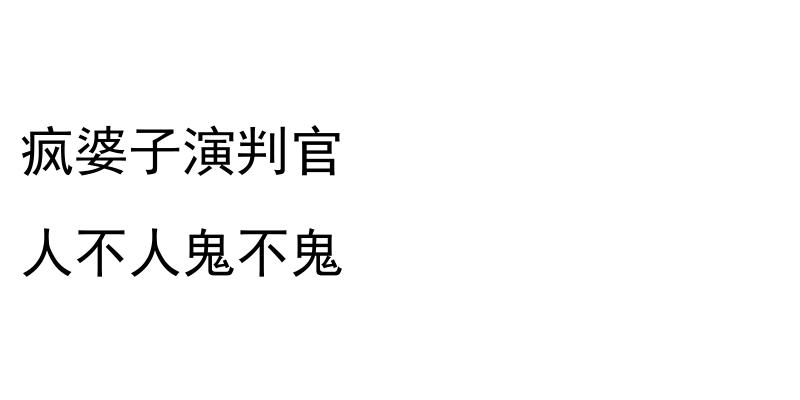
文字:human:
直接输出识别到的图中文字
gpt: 疯婆子演判官 人不人鬼不鬼